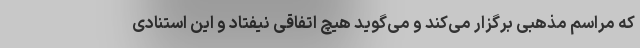
که مراسم مذهبی برگزار می‌کند و می‌گوید هیچ اتفاقی نیفتاد و این استنادی